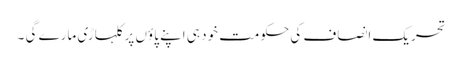
تحریک انصاف کی حکومت خود ہی اپنے پاؤں پر کلہاڑی مارے گی ۔